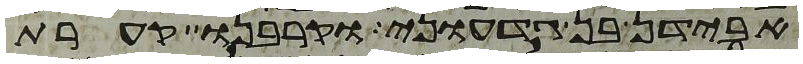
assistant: אבידן בן גדעוני וקרבנו קערת